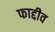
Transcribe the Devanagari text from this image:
फाद्दीव